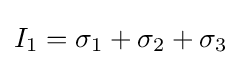
I_{1}=\sigma _{1}+\sigma _{2}+\sigma _{3}